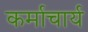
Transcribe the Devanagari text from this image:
कर्माचार्य